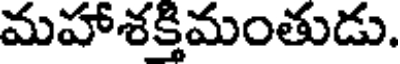
మహాశక్తిమంతుడు.